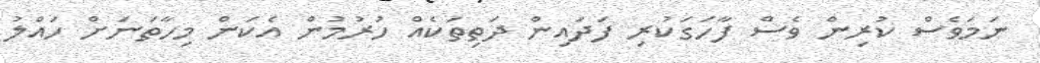
ނަމަވެސް ކުރިން ވެސް ފާހަގަކުރި ފަދައިން ދަތިތަކެއް ހުރުމުން އެކަން މިހާތަނަށް ހައްލު